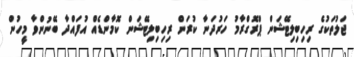
ޖަލުތަކުގެ ރިހިބިލިޓޭޝަން ޕްރޮގްރާމު ހަރުދަނާ ކުރަން ރިހިބިލިޓޭޝަން ކޮމާންޑެއް އުފައްދާ ބޭނުންވާ މީހުން